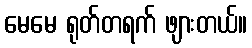
မေမေ ရုတ်တရက် ဖျားတယ်။